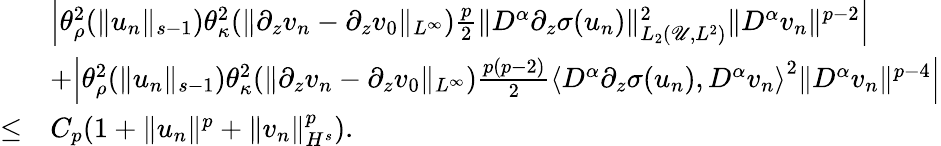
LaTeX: \begin{array}{rl}&{\Big|\theta_{\rho}^{2}(\| u_{n}\| _{s-1})\theta_{\kappa}^{2}(\| \partial_{z}v_{n}-\partial_{z}v_{0}\| _{L^{\infty}})\frac p2\| D^{\alpha}\partial_{z}\sigma(u_{n})\| _{L_{2}(\mathscr U,L^{2})}^{2}\| D^{\alpha}v_{n}\| ^{p-2}\Big|}\\ &{+\Big|\theta_{\rho}^{2}(\| u_{n}\| _{s-1})\theta_{\kappa}^{2}(\| \partial_{z}v_{n}-\partial_{z}v_{0}\| _{L^{\infty}})\frac{p(p-2)}{2}\left\langle D^{\alpha}\partial_{z}\sigma(u_{n}),D^{\alpha}v_{n}\right\rangle^{2}\| D^{\alpha}v_{n}\| ^{p-4}\Big|}\\ {\leq}&{C_{p}(1+\| u_{n}\| ^{p}+\| v_{n}\| _{H^{s}}^{p}).}\end{array}